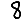
Digit: 8